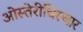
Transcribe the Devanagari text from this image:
ओस्तेरीचिस्चार